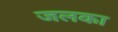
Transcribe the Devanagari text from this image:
जलका